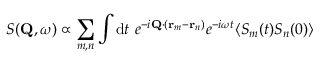
S ( \mathbf { Q } , \omega ) \propto \sum _ { m , n } \int \mathrm { d } t \ e ^ { - i \mathbf { Q } \cdot ( \mathbf { r } _ { m } - \mathbf { r } _ { n } ) } e ^ { - i \omega t } \langle S _ { m } ( t ) S _ { n } ( 0 ) \rangle